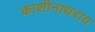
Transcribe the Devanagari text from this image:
काशीनाथराव